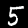
Digit: 5